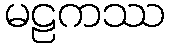
မဠကဿ